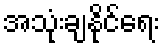
အသုံးချနိုင်ရေး